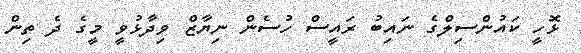
ޅޮހީ ކައުންސިލްގެ ނައިބު ރައީސް ހުސެން ނިޔާޒް ވިދާޅުވީ މީގެ ދެ ތިން